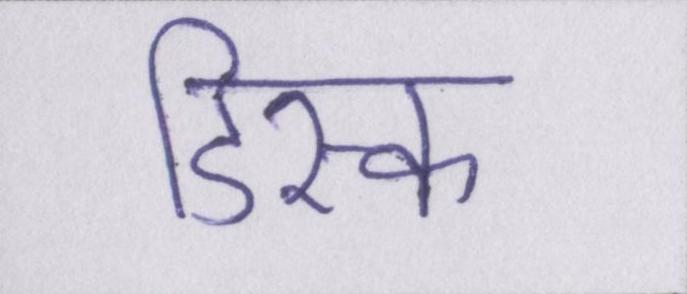
डिस्क